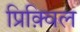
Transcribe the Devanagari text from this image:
प्रिक़्विल